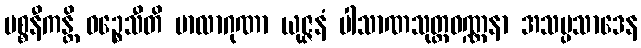
ပစ္စနီကန္တိ ဝဉ္စေသီတိ မာလာဂုဏာ ယုဇ္ဇနံ ပါသာဏသုတ္တဝဏ္ဏနာ အသမ္ပသာဒေန